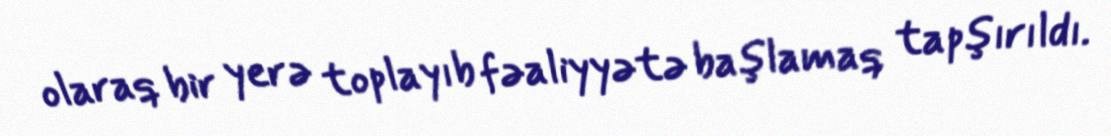
olaraq bir yerə toplayıb fəaliyyətə başlamaq tapşırıldı.